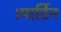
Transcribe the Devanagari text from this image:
।मार्टिन